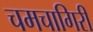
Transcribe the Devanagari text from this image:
चमचागिरी